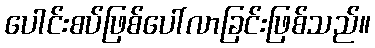
ပေါင်းစပ်ဖြစ်ပေါ်လာခြင်းဖြစ်သည်။